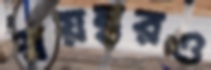
স্বয়ম্ভরও